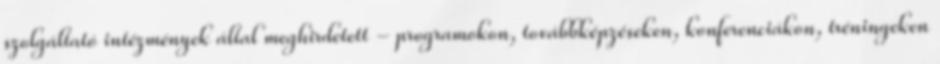
szolgáltató intézmények által meghirdetett - programokon, továbbképzéseken, konferenciákon, tréningeken